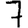
Digit: 7